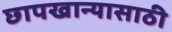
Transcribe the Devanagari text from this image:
छापखान्यासाठी